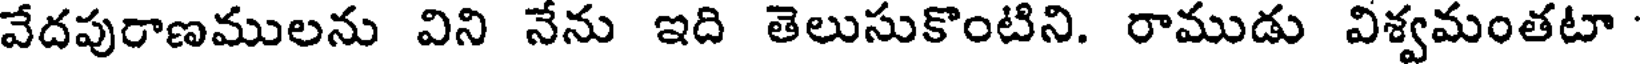
వేదపురాణములను విని నేను ఇది తెలుసుకొంటిని. రాముడు విశ్వమంతటా